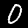
Label: 0